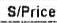
S/PRICE